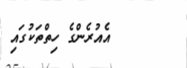
އެއުރެންގެ ހިތްތަކުގައި